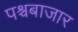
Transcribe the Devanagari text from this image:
पश्चबाजार